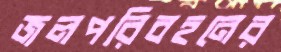
জলপরিবহনের